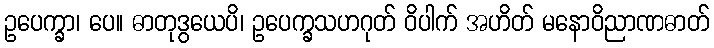
ဥပေက္ခာ၊ ပေ။ ဓာတုဒွယေပိ၊ ဥပေက္ခသဟဂုတ် ဝိပါက် အဟိတ် မနောဝိညာဏဓာတ်